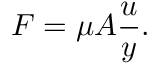
F = \mu A { \frac { u } { y } } .